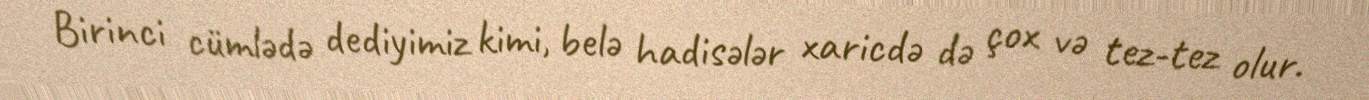
Birinci cümlədə dediyimiz kimi, belə hadisələr xaricdə də çox və tez-tez olur.